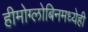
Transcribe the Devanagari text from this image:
हीमोग्लोबिनमध्येही